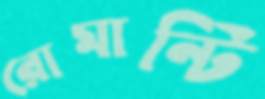
রোমান্টি